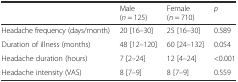
<table><thead><tr><td></td><td><b>Male (<i>n</i> = 125)</b></td><td><b>Female (<i>n</i> = 710)</b></td><td><b><i>p</i></b></td></tr></thead><tbody><tr><td>Headache frequency (days/month)</td><td>20 [16–30]</td><td>25 [16–30]</td><td>0.589</td></tr><tr><td>Duration of illness (months)</td><td>48 [12–120]</td><td>60 [24–132]</td><td>0.054</td></tr><tr><td>Headache duration (hours)</td><td>7 [2–24]</td><td>12 [4–24]</td><td>&lt;0.001</td></tr><tr><td>Headache intensity (VAS)</td><td>8 [7–9]</td><td>8 [7–9]</td><td>0.559</td></tr></tbody></table>